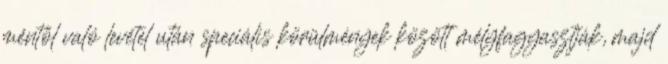
méntől való levétel után speciális körülmények között mélyfagyasztják, majd